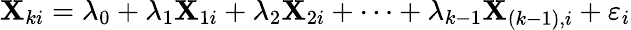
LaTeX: \mathbf{X}_{ki}=\lambda_{0}+\lambda_{1}\mathbf{X}_{1i}+\lambda_{2}\mathbf{X}_{2i}+\dots+\lambda_{k-1}\mathbf{X}_{(k-1),i}+\varepsilon_{i}